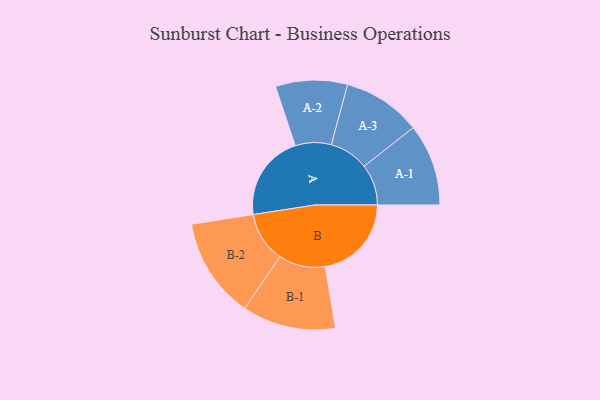
{"axis": {"x": "Segment", "y": "Value"}, "legend": ["", "A", "B"], "data": [{"x": "A", "y": 496, "type": ""}, {"x": "B", "y": 497, "type": ""}, {"x": "A-1", "y": 236, "type": "A"}, {"x": "A-2", "y": 207, "type": "A"}, {"x": "A-3", "y": 226, "type": "A"}, {"x": "B-1", "y": 269, "type": "B"}, {"x": "B-2", "y": 290, "type": "B"}]}